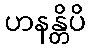
ဟနန္တိပိ